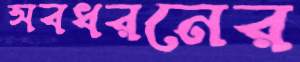
সবধরনের